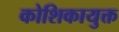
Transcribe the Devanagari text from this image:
कोशिकायुक्त